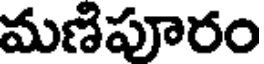
మణిపూరం